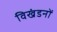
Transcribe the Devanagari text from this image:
विखंडनों